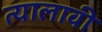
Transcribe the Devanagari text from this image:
त्यालावी